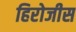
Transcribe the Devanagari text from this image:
हिरोजीस